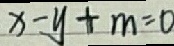
x - y + m = 0